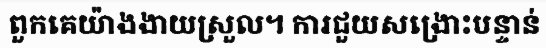
ពួកគេយ៉ាងងាយស្រួល។ ការជួយសង្រោះបន្ទាន់